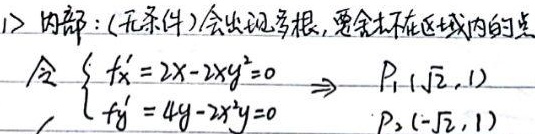
1> 内部：(无条件)会出现多根，要舍去不在区域内的点。令\(\begin{cases}f_{x}' = 2x - 2xy^{2}=0\\f_{y}' = 4y - 2x^{2}y = 0\end{cases}\Rightarrow P_1(\sqrt{2},1)\)，\(P_2(-\sqrt{2},1)\)